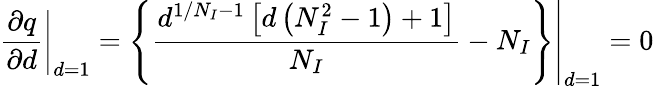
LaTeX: \left.\frac{\partial q}{\partial d}\right|_{d=1}=\left.\left\{ \frac{d^{1/N_{I}-1}\left[d\left(N_{I}^{2}-1\right)+1\right]}{N_{I}}-N_{I}\right\} \right|_{d=1}=0